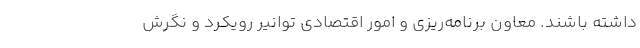
داشته باشند. معاون برنامه‌ریزی و امور اقتصادی توانیر رویکرد و نگرش